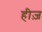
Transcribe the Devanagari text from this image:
हीज़